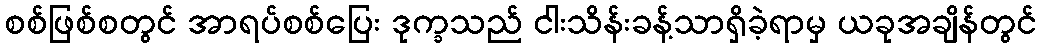
စစ်ဖြစ်စတွင် အာရပ်စစ်ပြေး ဒုက္ခသည် ငါးသိန်းခန့်သာရှိခဲ့ရာမှ ယခုအချိန်တွင်